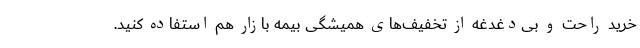
خرید راحت و بی‌دغدغه از تخفیف‌های همیشگی بیمه بازار هم استفاده کنید.